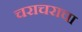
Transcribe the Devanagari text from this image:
चराचराचा